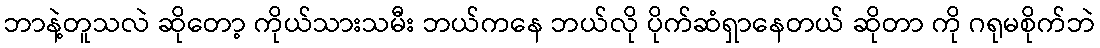
ဘာနဲ့တူသလဲ ဆိုတော့ ကိုယ်သားသမီး ဘယ်ကနေ ဘယ်လို ပိုက်ဆံရှာနေတယ် ဆိုတာ ကို ဂရုမစိုက်ဘဲ